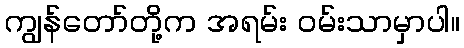
ကျွန်တော်တို့က အရမ်း ဝမ်းသာမှာပါ။